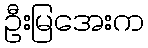
ဦးမြအေးက